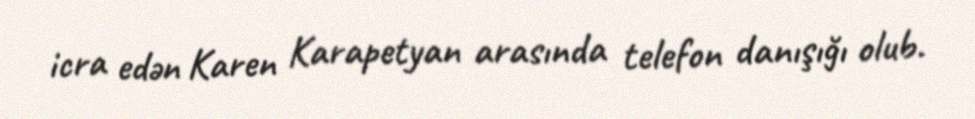
icra edən Karen Karapetyan arasında telefon danışığı olub.